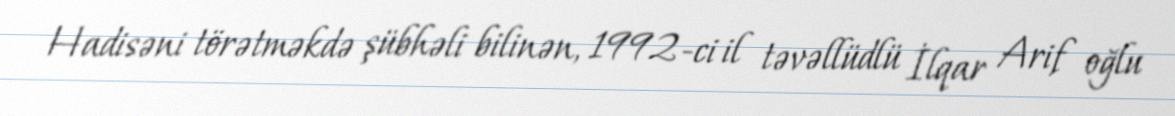
Hadisəni törətməkdə şübhəli bilinən, 1992-ci il təvəllüdlü İlqar Arif oğlu